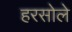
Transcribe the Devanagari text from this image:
हरसोले